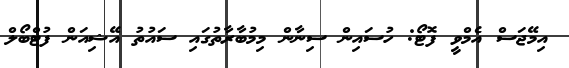
އިމޭޖަސް އެމްވީ ފޮޓޯ: ހުސައިން ސިނާން މިމުބާރާތުގައި ސައުތު އޭޝިއަން ފުޓްބޯލް